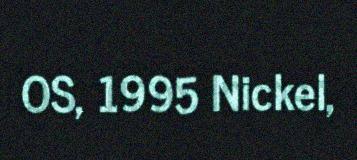
OS, 1995 Nickel,